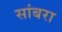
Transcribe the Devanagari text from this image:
सांबरा